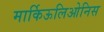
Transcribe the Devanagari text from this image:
मार्किऊलिओनिस